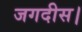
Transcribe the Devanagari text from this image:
जगदीस।